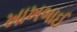
ખાખબાઈ